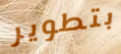
بتطوير